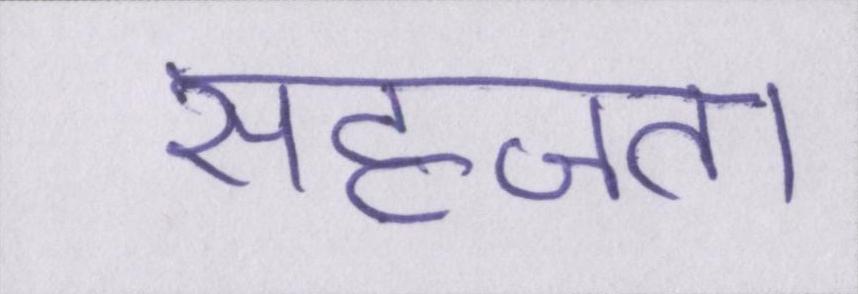
सहजता